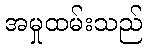
အမှုထမ်းသည်